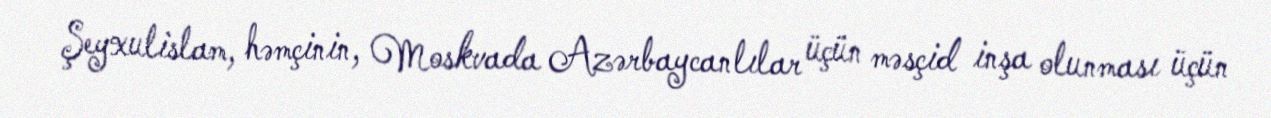
Şeyxulislam, həmçinin, Moskvada Azərbaycanlılar üçün məsçid inşa olunması üçün